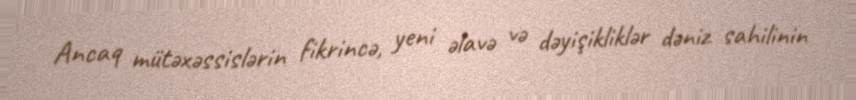
Ancaq mütəxəssislərin fikrincə, yeni əlavə və dəyişikliklər dəniz sahilinin